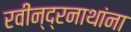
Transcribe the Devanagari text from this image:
रवीन्द्रनाथांना